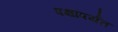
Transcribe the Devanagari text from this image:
पक्षांपर्यंत